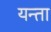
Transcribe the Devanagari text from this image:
यन्ता